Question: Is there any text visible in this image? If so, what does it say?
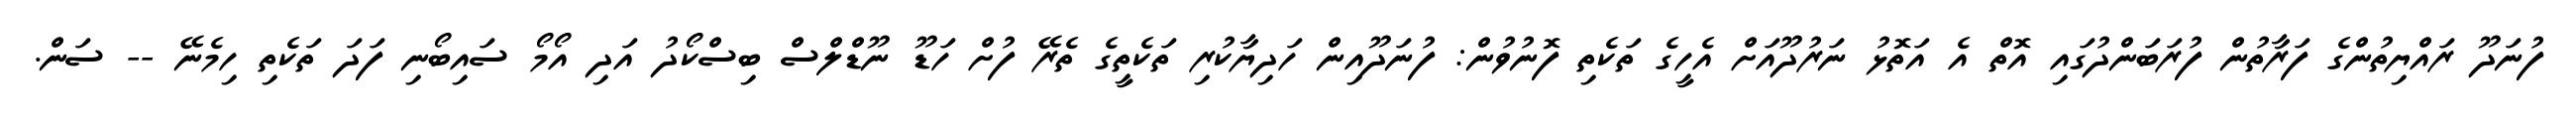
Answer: ފުނަދޫ ރައްޔިތުންގެ ފަރާތުން ފުރަބަންދުގައި އޮތް އެ އަތޮޅު ނަރުދޫއަށް އެހީގެ ތަކެތި ފޮނުވުން: ފުނަދޫއިން ހަދިޔާކުރި ތަކެތީގެ ތެރޭ ފުށް ހަޑޫ ނޫޑްލްސް ބިސްކޯދު އަދި އޯމޯ ސައިބޯނި ފަދަ ތަކެތި ހިމެނޭ -- ސަން.